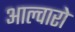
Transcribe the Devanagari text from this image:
आल्वारो